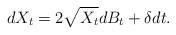
LaTeX: \begin{align*}dX_t= 2\sqrt{X_t}dB_t + \delta dt.\end{align*}